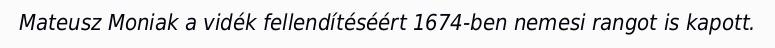
Mateusz Moniak a vidék fellendítéséért 1674-ben nemesi rangot is kapott.